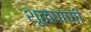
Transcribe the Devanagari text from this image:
शूळपाणी